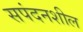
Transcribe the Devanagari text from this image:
सपंदनशील